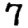
Digit: 7